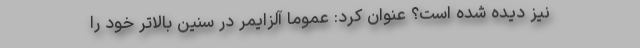
نیز دیده شده است؟ عنوان کرد: عموماً آلزایمر در سنین بالاتر خود را